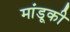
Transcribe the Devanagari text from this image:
मांडूकी